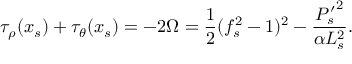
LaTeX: \tau _ { \rho } ( x _ { s } ) + \tau _ { \theta } ( x _ { s } ) = - 2 \Omega = \frac { 1 } { 2 } ( f _ { s } ^ { 2 } - 1 ) ^ { 2 } - \frac { { P _ { s } ^ { \prime } } ^ { 2 } } { \alpha L _ { s } ^ { 2 } } .